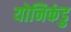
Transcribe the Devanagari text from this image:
योनिकंडु